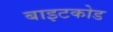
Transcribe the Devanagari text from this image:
बाइटकोड